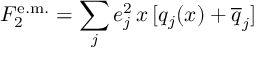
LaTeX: F _ { 2 } ^ { \mathrm { e . m . } } = \sum _ { j } e _ { j } ^ { 2 } \, x \, [ q _ { j } ( x ) + \overline { { { q } } } _ { j } ]